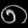
Digit: ၈